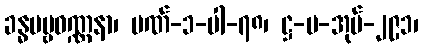
ခန္ဓပဗ္ဗဝဏ္ဏနာ၊ ပဏ်-၁-ပါ-၇၈၊ ဋ္ဌ-ပ-အုပ်-၂၉၁၊